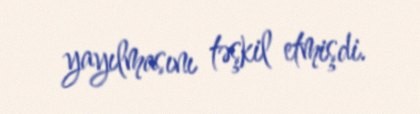
yayılmasını təşkil etmişdi.